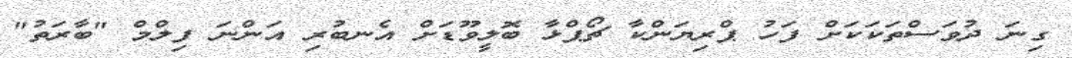
ގިނަ ދުވަސްތަކަކަށް ފަހު ޕްރިޔަންކާ ޗޯޕްޅާ ބޮލީވޫޑަށް އެނބުރި އަންނަ ފިލްމް "ބާރަތު"